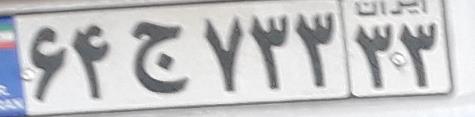
۶۴ج۷۳۳۳۳